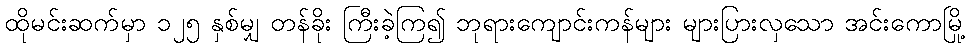
ထိုမင်းဆက်မှာ ၁၂၅ နှစ်မျှ တန်ခိုး ကြီးခဲ့ကြ၍ ဘုရားကျောင်းကန်များ များပြားလှသော အင်းကောမြို့